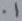
Text: .1